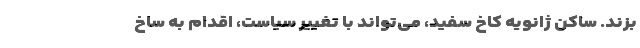
بزند. ساکن ژانویه کاخ سفید، می‌تواند با تغییر سیاست، اقدام به ساخ